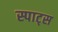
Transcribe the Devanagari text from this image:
स्पाट्स